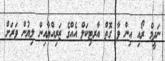
ނަދީމް ރޯއި އިން ވާ ގޮތް އާރޓިކަލް އެއްގެ ޒަރިއްޔާއިން ލިޔުން ވަރަށް